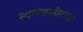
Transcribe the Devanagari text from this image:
स्वातंत्र्यगीतांतून